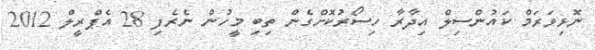
ނޮޅިވަރަމް ކައުންސިލް އިދާރާ ހިސޯރުކޮށްގެން ތިބި މީހުން ނެރެފި 28 އެޕްރީލް 2012